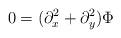
LaTeX: \begin{align*}0=(\partial ^{2}_{x} +\partial ^{2}_{y})\Phi \end{align*}